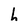
Character: h